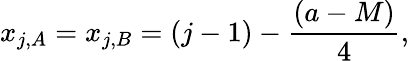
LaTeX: x_{j,A}=x_{j,B}=(j-1)-\frac{(a-M)}{4},